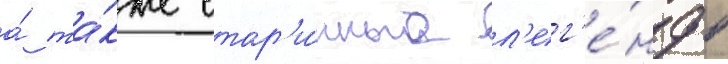
а́ та́кже стар'и́нные л'ег'е́нды